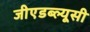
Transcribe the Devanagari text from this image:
जीएडब्ल्यूसी